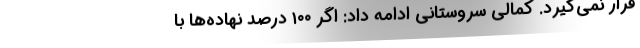
قرار نمی‌گیرد. کمالی سروستانی ادامه داد: اگر ۱۰۰ درصد نهاده‌ها با